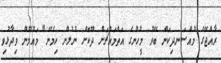
ރާއްޖޭގެ މުއްސަނދިކަން ބޭރު މީހުންގެ އަތްމައްޗަށް ދޫކޮށް ނުލުން ހިމެނޭ" މައުމޫން ވިދާޅުވި